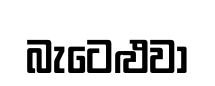
බැටෙළුවා